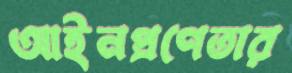
আইনপ্রণেতার